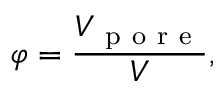
\varphi = \frac { V _ { \mathrm { ~ p ~ o ~ r ~ e ~ } } } { V } ,